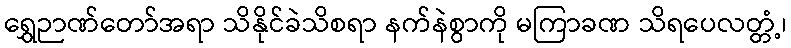
ရွှေဉာဏ်တော်အရာ သိနိုင်ခဲသိစရာ နက်နဲစွာကို မကြာခဏ သိရပေလတ္တံ့၊